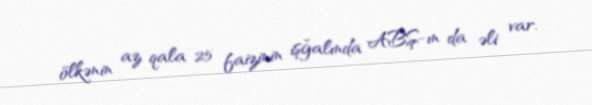
ölkənin az qala 25 faizinin işğalında ABŞ-ın da əli var.